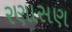
રણાસણ